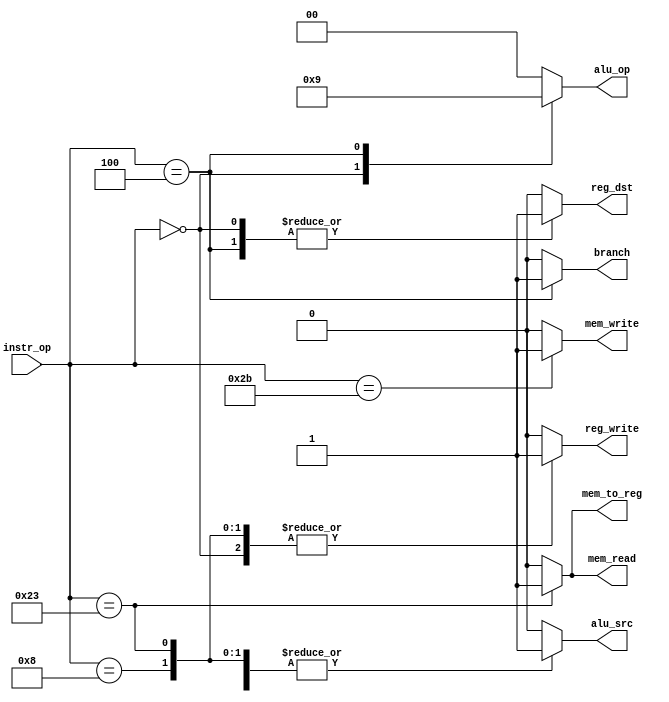
//=========================================================================
// Name & Email must be EXACTLY as in Gradescope roster!
// Name: 
// Email: 
// 
// Assignment name: 
// Lab section: 
// TA: 
// 
// I hereby certify that I have not received assistance on this assignment,
// or used code, from ANY outside source other than the instruction team
// (apart from what was provided in the starter file).
//
//=========================================================================

//=========================================================================
//
// DO NOT CHANGE ANYTHING BELOW THIS COMMENT. IT IS PROVIDED TO MAKE SURE 
// YOUR LAB IS SUCCESSFULL. 
//
//=========================================================================

`timescale 1ns / 1ps

`define OPCODE_R_TYPE       6'b000000
`define OPCODE_LOAD_WORD    6'b100011
`define OPCODE_STORE_WORD   6'b101011
`define OPCODE_BRANCH_EQ    6'b000100
`define OPCODE_ADDI         6'b001000
 
module control_unit (
 input wire[5:0] instr_op   ,   
 output reg	 reg_dst    ,    
 output reg	 branch     ,  
 output reg  mem_read   ,   
 output reg	 mem_to_reg ,   
 output reg  [1:0]	 alu_op     ,  
 output reg  mem_write  ,    
 output reg	 alu_src    ,   
 output reg	 reg_write   );

always @(*)
begin 
	
    reg_dst     = 0;
    branch      = 0;
    mem_read    = 0;
    mem_to_reg  = 0;
    alu_op      = 0;
    mem_write   = 0;
    alu_src     = 0;
    reg_write   = 0;
	 
    case (instr_op)  

	   `OPCODE_R_TYPE :        
					
					begin 	
						reg_dst    = 1;
                  reg_write  = 1;
                  alu_op     = 2;
					end 
					
      `OPCODE_ADDI : 
						begin 
						 alu_src    = 1;
                   reg_write  = 1;
						end 
                                                
      `OPCODE_LOAD_WORD :  
						 begin 
							alu_src    = 1;
                     mem_to_reg = 1;
                     reg_write  = 1;
                     mem_read   = 1;
						 end  	
                                        
      `OPCODE_STORE_WORD :
						begin 
							alu_src    = 1;
							mem_write  = 1;
						end 
                                        
      `OPCODE_BRANCH_EQ :  
		
						begin 
							reg_dst  = 1;
							branch   = 1;
                     alu_op   = 1;
						end 	
                                        
      default :    branch = 0 ; 
        
    endcase;
	 
end 

endmodule